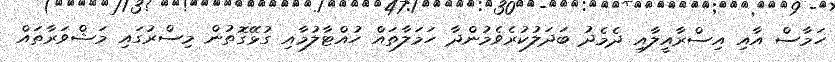
ހަމާސް އާއި އިސްރާއީލާއި ދެމެދު ބަދަލުކުރެވެމުންދާ ހަމަލާތައް ހުއްޓާލުމާއި ގުޅޭގޮތުން މިސްރުގައި މަޝްވަރާތައް